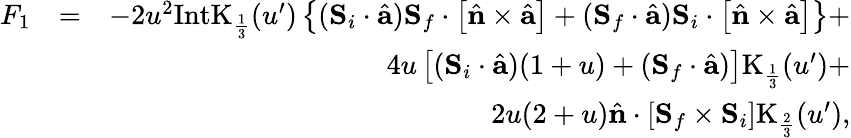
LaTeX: \begin{array}{rlr}{F_{1}}&{=}&{-2u^{2}\mathrm{IntK}_{\frac{1}{3}}(u^{\prime})\left\{ ({\mathbf S}_{i}\cdot\hat{\mathbf a}){\mathbf S}_{f}\cdot\left[\hat{\mathbf n}\times\hat{\mathbf a}\right]+({\mathbf S}_{f}\cdot\hat{\mathbf a}){\mathbf S}_{i}\cdot\left[\hat{\mathbf n}\times\hat{\mathbf a}\right]\right\} +}\\ &{}&{4u\left[({\mathbf S}_{i}\cdot\hat{\mathbf a})(1+u)+({\mathbf S}_{f}\cdot\hat{\mathbf a})\right]\mathrm{K}_{\frac{1}{3}}(u^{\prime})+}\\ &{}&{2u(2+u)\hat{\mathbf n}\cdot[{\mathbf S}_{f}\times{\mathbf S}_{i}]\mathrm{K}_{\frac{2}{3}}(u^{\prime}),}\end{array}